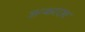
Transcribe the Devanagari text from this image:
शन्करराव